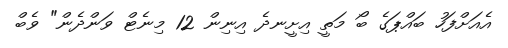
އެއަށްފަހު ބައްޕަގެ ބޯ މަތީ އިށީނދެ އިނިން 12 މިނެޓް ވަންދެން" ވެބް